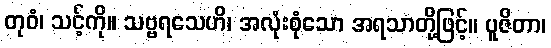
တုဝံ၊ သင့်ကို။ သဗ္ဗရသေဟိ၊ အလုံးစုံသော အရသာတို့ဖြင့်။ ပူဇိတာ၊